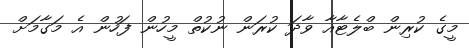
މީގެ ކުރިން ބްލެޓާއާ ވާދަ ކުރަން ނުކުތް މީހުން ފަހުން އެ މަގާމަށް